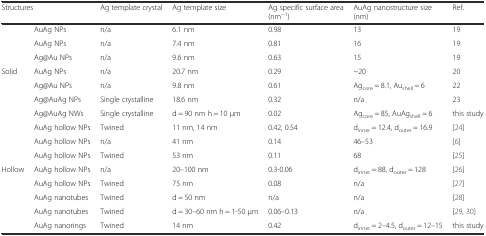
<table><thead><tr><td colspan="2"><b>Structures</b></td><td><b>Ag template crystal</b></td><td><b>Ag template size</b></td><td><b>Ag specific surface area (nm<sup>−1</sup>)</b></td><td><b>AuAg nanostructure size (nm)</b></td><td><b>Ref.</b></td></tr></thead><tbody><tr><td></td><td>AuAg NPs</td><td>n/a</td><td>6.1 nm</td><td>0.98</td><td>13</td><td>19</td></tr><tr><td></td><td>AuAg NPs</td><td>n/a</td><td>7.4 nm</td><td>0.81</td><td>16</td><td>19</td></tr><tr><td></td><td>Ag@Au NPs</td><td>n/a</td><td>9.6 nm</td><td>0.63</td><td>15</td><td>19</td></tr><tr><td>Solid</td><td>AuAg NPs</td><td>n/a</td><td>20.7 nm</td><td>0.29</td><td>~20</td><td>20</td></tr><tr><td></td><td>Ag@Au NPs</td><td>n/a</td><td>9.8 nm</td><td>0.61</td><td>Ag<sub>core</sub> = 8.1, Au<sub>shell</sub> = 6</td><td>22</td></tr><tr><td></td><td>Ag@AuAg NPs</td><td>Single crystalline</td><td>18.6 nm</td><td>0.32</td><td>n/a</td><td>23</td></tr><tr><td></td><td>Ag@AuAg NWs</td><td>Single crystalline</td><td>d = 90 nm h = 10 μm</td><td>0.02</td><td>Ag<sub>core</sub> = 85, AuAg<sub>shell</sub> = 6</td><td>this study</td></tr><tr><td></td><td>AuAg hollow NPs</td><td>Twined</td><td>11 nm, 14 nm</td><td>0.42, 0.54</td><td>d<sub>inner</sub> = 12.4, d<sub>outer</sub> = 16.9</td><td>[24]</td></tr><tr><td></td><td>AuAg hollow NPs</td><td>n/a</td><td>41 nm</td><td>0.14</td><td>46–53</td><td>[6]</td></tr><tr><td></td><td>AuAg hollow NPs</td><td>Twined</td><td>53 nm</td><td>0.11</td><td>68</td><td>[25]</td></tr><tr><td>Hollow</td><td>AuAg hollow NPs</td><td>n/a</td><td>20–100 nm</td><td>0.3-0.06</td><td>d<sub>inner</sub> = 88, d<sub>outer</sub> = 128</td><td>[26]</td></tr><tr><td></td><td>AuAg hollow NPs</td><td>Twined</td><td>75 nm</td><td>0.08</td><td>n/a</td><td>[27]</td></tr><tr><td></td><td>AuAg nanotubes</td><td>Twined</td><td>d = 50 nm</td><td>n/a</td><td>n/a</td><td>[28]</td></tr><tr><td></td><td>AuAg nanotubes</td><td>Twined</td><td>d = 30–60 nm h = 1-50 μm</td><td>0.06–0.13</td><td>n/a</td><td>[29, 30]</td></tr><tr><td></td><td>AuAg nanorings</td><td>Twined</td><td>14 nm</td><td>0.42</td><td>d<sub>inner</sub> = 2–4.5, d<sub>outer</sub> = 12–15</td><td>this study</td></tr></tbody></table>